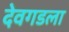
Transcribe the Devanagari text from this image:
देवगडला